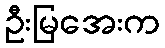
ဦးမြအေးက